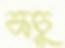
কচু